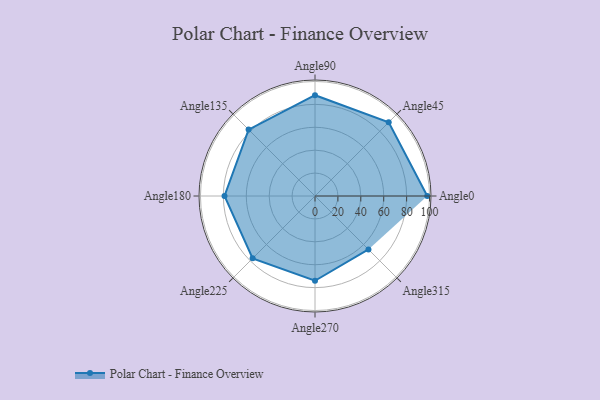
{"axis": {"x": "Angle", "y": "Radius"}, "legend": [""], "data": [{"x": "Angle0", "y": 98.0, "type": ""}, {"x": "Angle45", "y": 91.0, "type": ""}, {"x": "Angle90", "y": 88.0, "type": ""}, {"x": "Angle135", "y": 82.0, "type": ""}, {"x": "Angle180", "y": 79.0, "type": ""}, {"x": "Angle225", "y": 77.0, "type": ""}, {"x": "Angle270", "y": 74.0, "type": ""}, {"x": "Angle315", "y": 66.0, "type": ""}]}